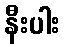
နီးပါး